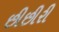
છીછીરી